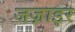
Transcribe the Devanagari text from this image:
जज़ाइर